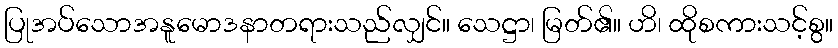
ပြုအပ်သောအနူမောဒနာတရားသည်လျှင်။ သေဋ္ဌာ၊ မြတ်၏။ ဟိ၊ ထိုစကားသင့်စွ။